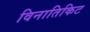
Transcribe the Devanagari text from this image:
विनातिकिट